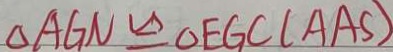
\Delta A G N \cong \Delta E G C ( A A S )